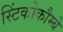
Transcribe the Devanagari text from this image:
स्टिंकोकौम्बे